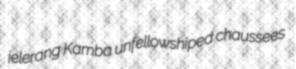
jelerang Kamba unfellowshiped chaussees